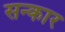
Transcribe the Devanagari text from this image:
सन्कार